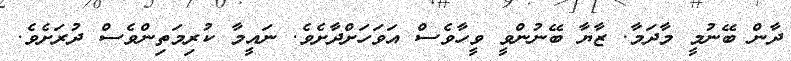
ދާން ބޭނުމީ މާދަމާ. ޒާޔާ ބޭނުންވީ ވީހާވެސް އަވަހަށްދާށެވެ. ނައީމާ ކުރިމަތިންވެސް ދުރަށެވެ.